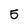
Character: 5